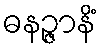
ဓနဉ္ဇာနိံ